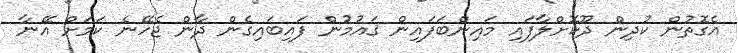
އެގޮތުން ކުދިން ދޫކޮށްލާފައި މައިންބަފައިން ޤައުމުން ފައިބައިގެން ދާން ޖެހޭނެ ކަމަށް އޭނާ